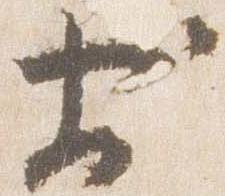
於